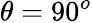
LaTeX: \theta=90^{o}